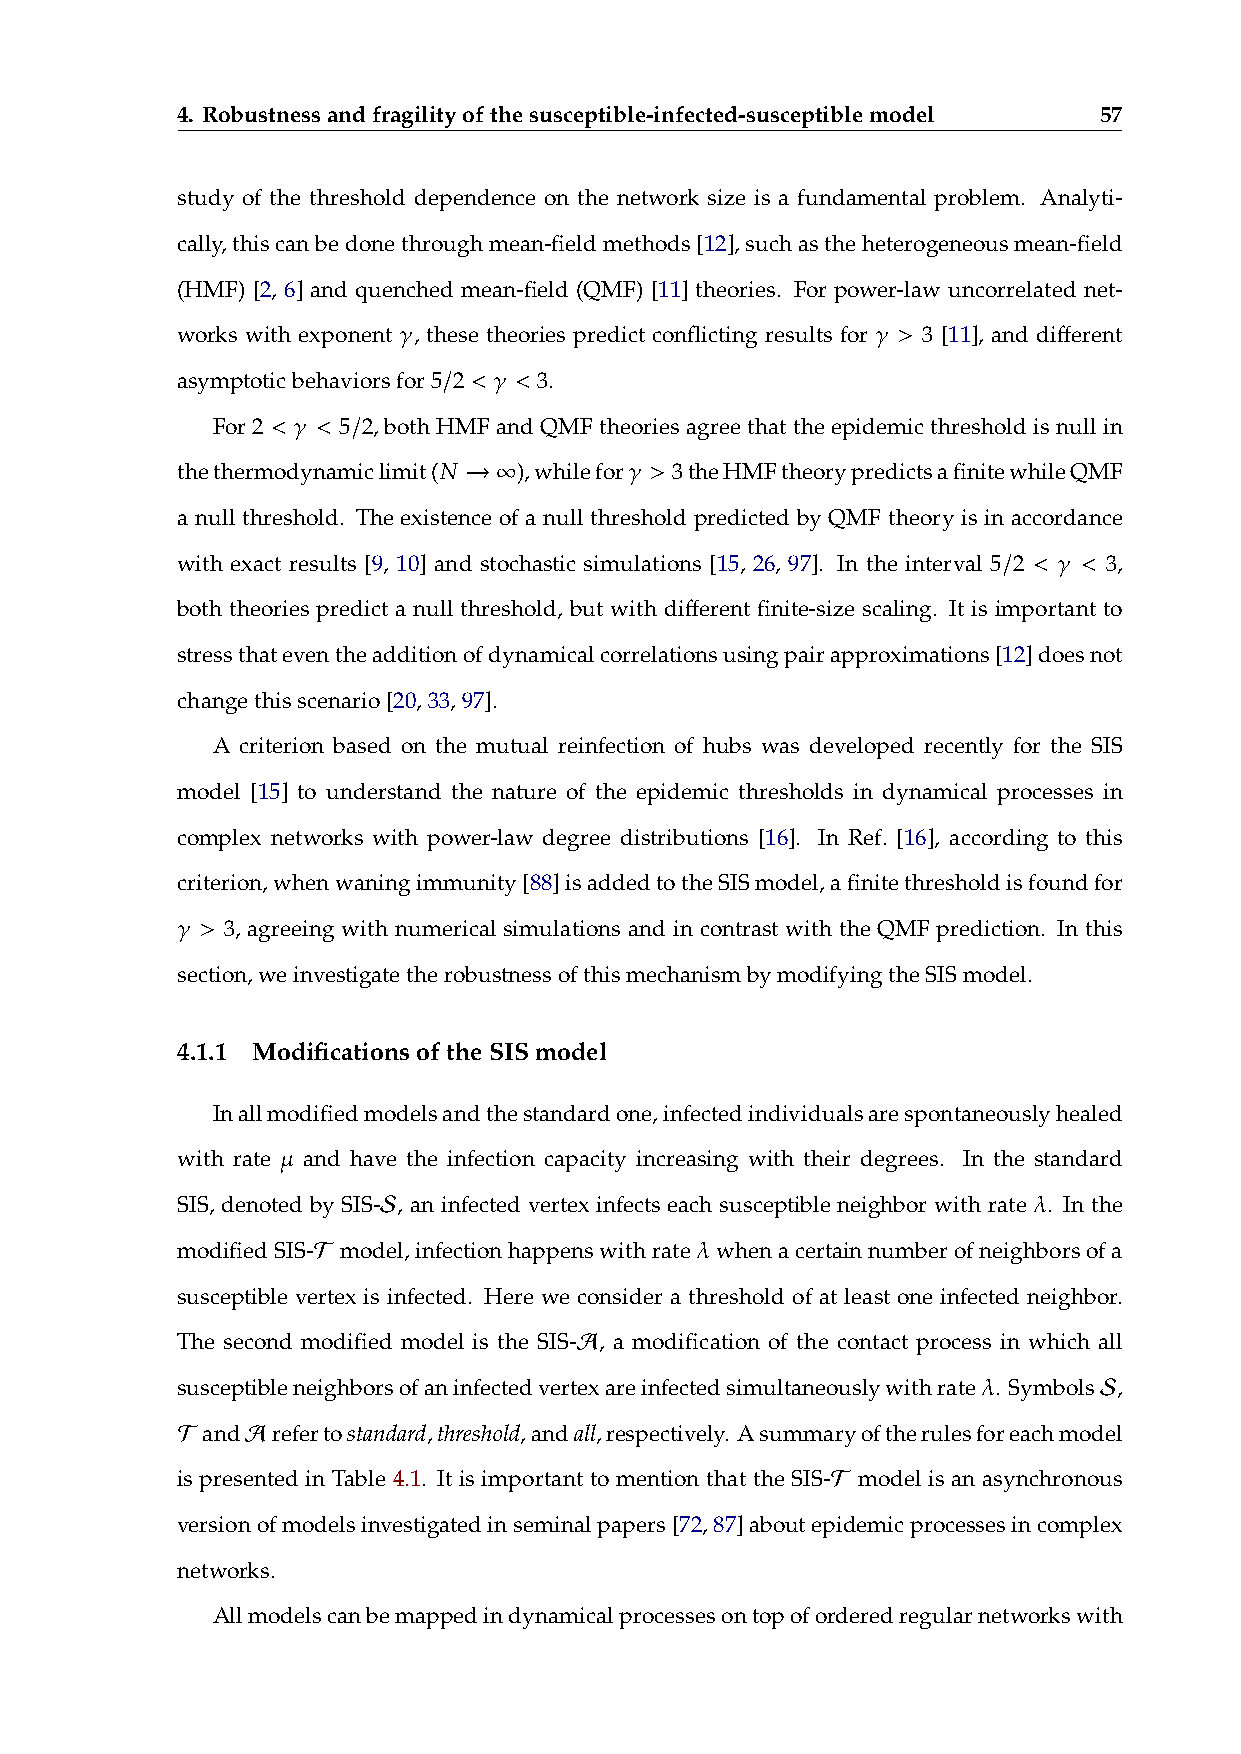
4. Robustnessandfragilityofthesusceptible-infected-susceptiblemodel 57
 study of the threshold dependence on the network size is a fundamental problem. Analyti-
 cally,thiscanbedonethroughmean-fieldmethods[12],suchastheheterogeneousmean-field
 (HMF) [2, 6] and quenched mean-field (QMF) [11] theories. For power-law uncorrelated net-
 𝛾                               𝛾 >
 works with exponent , these theories predict conflicting results for 3 [11], and different
 / < 𝛾 <
 asymptoticbehaviorsfor5 2 3.
 < 𝛾 < /
 For 2   5 2, both HMF and QMF theories agree that the epidemic threshold is null in
 𝑁 → ∞        𝛾 >
 thethermodynamiclimit( ),whilefor 3theHMFtheorypredictsafinitewhileQMF
 a null threshold. The existence of a null threshold predicted by QMF theory is in accordance
 / < 𝛾 <
 with exact results [9, 10] and stochastic simulations [15, 26, 97]. In the interval 5 2 3,
 both theories predict a null threshold, but with different finite-size scaling. It is important to
 stressthateventheadditionofdynamicalcorrelationsusingpairapproximations[12]doesnot
 changethisscenario[20,33,97].
 A criterion based on the mutual reinfection of hubs was developed recently for the SIS
 model [15] to understand the nature of the epidemic thresholds in dynamical processes in
 complex networks with power-law degree distributions [16]. In Ref. [16], according to this
 criterion,whenwaningimmunity[88]isaddedtotheSISmodel,afinitethresholdisfoundfor
 𝛾 >
 3, agreeing with numerical simulations and in contrast with the QMF prediction. In this
 section,weinvestigatetherobustnessofthismechanismbymodifyingtheSISmodel.
 4.1.1 ModificationsoftheSISmodel
 Inallmodifiedmodelsandthestandardone,infectedindividualsarespontaneouslyhealed
 𝜇
 with rate and have the infection capacity increasing with their degrees. In the standard
 𝒮                                          𝜆
 SIS, denoted by SIS- , an infected vertex infects each susceptible neighbor with rate . In the
 𝒯                        𝜆
 modifiedSIS- model,infectionhappenswithrate whenacertainnumberofneighborsofa
 susceptible vertex is infected. Here we consider a threshold of at least one infected neighbor.
 𝒜
 The second modified model is the SIS- , a modification of the contact process in which all
 𝜆       𝒮
 susceptibleneighborsofaninfectedvertexareinfectedsimultaneouslywithrate . Symbols ,
 𝒯 and𝒜 refertostandard,threshold,andall,respectively. Asummaryoftherulesforeachmodel
 𝒯
 is presented in Table 4.1. It is important to mention that the SIS- model is an asynchronous
 versionofmodelsinvestigatedinseminalpapers[72,87]aboutepidemicprocessesincomplex
 networks.
 Allmodelscanbemappedindynamicalprocessesontopoforderedregularnetworkswith